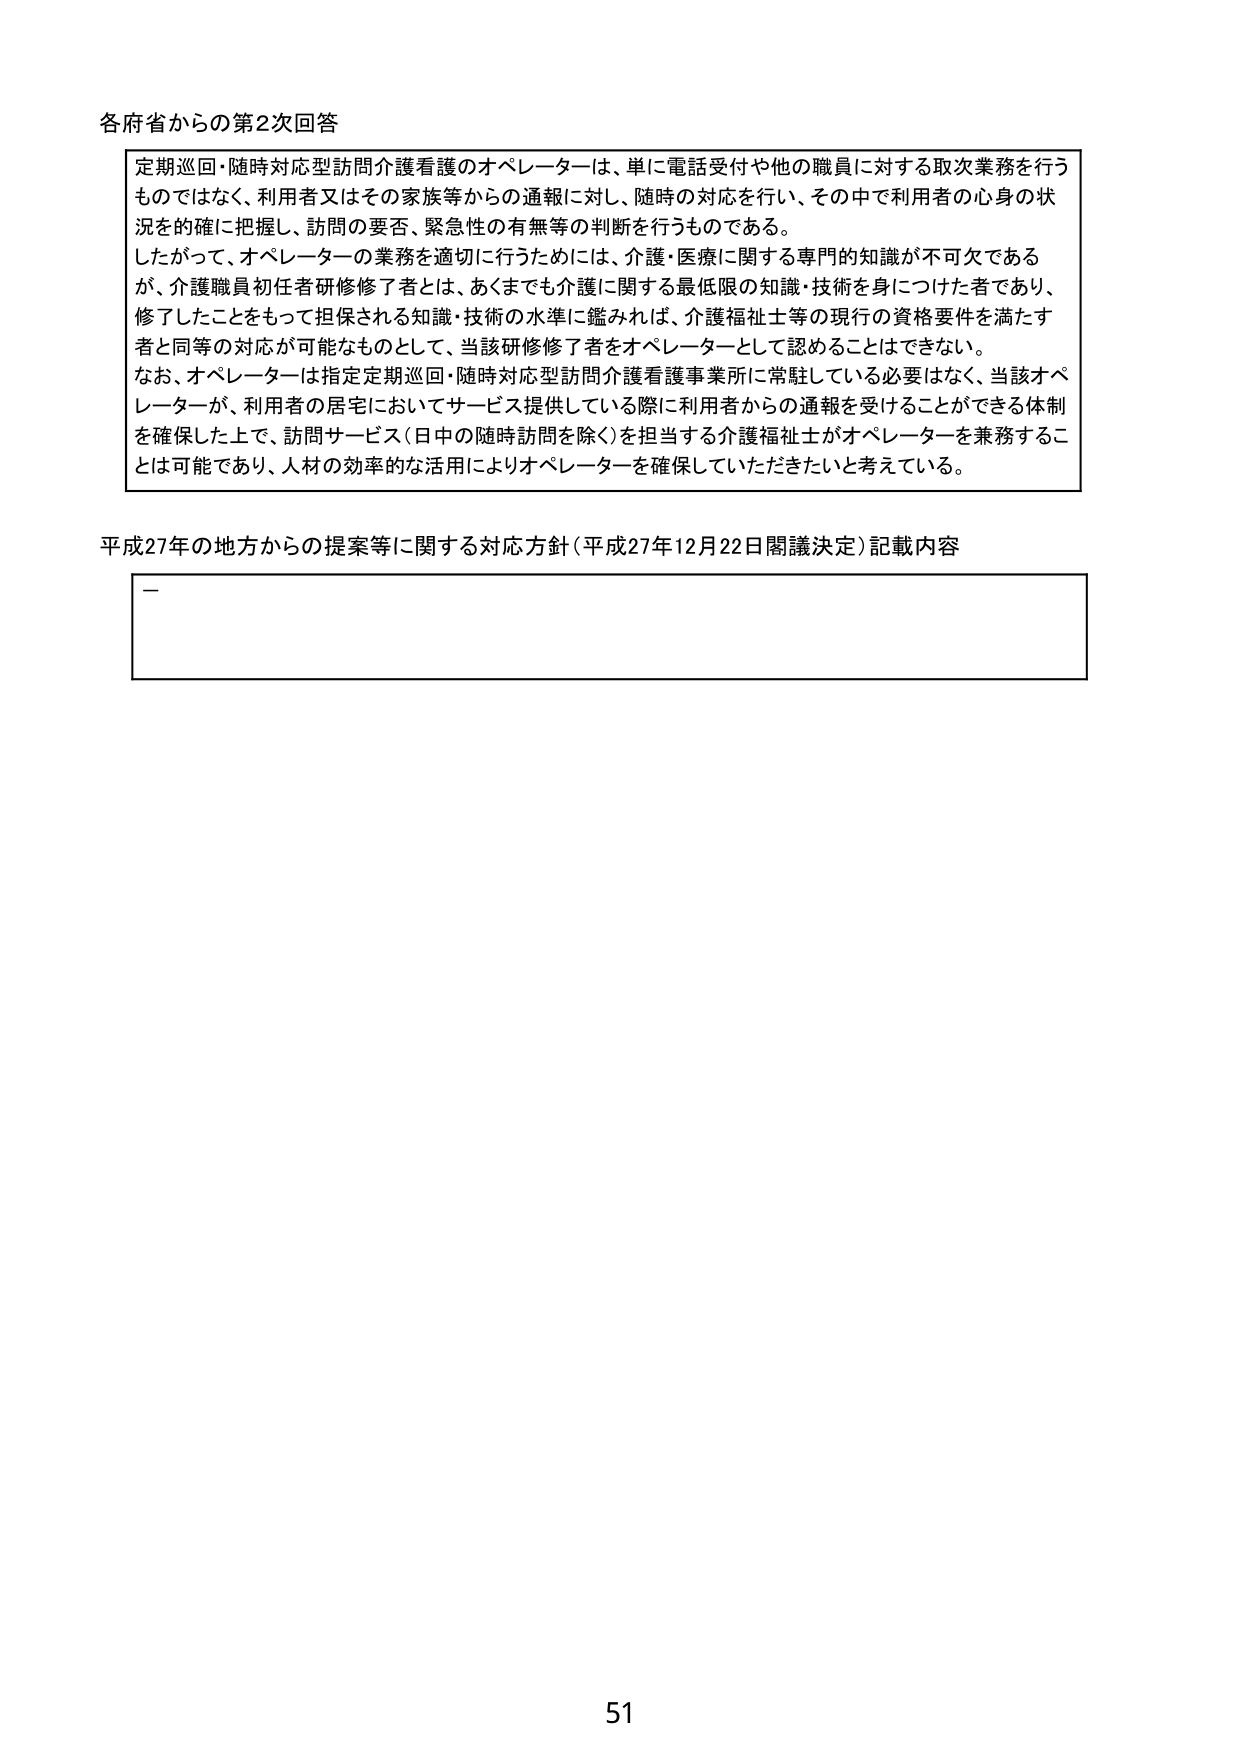
各府省からの第2次回答

定期巡回・随時対応型訪問介護看護のオペレーターは、単に電話受付や他の職員に対する取次業務を行うものではなく、利用者又はその家族等からの通報に対し、随時の対応を行い、その中で利用者の心身の状況を的確に把握し、訪問の要否、緊急性の有無等の判断を行うものである。
したがって、オペレーターの業務を適切に行うためには、介護・医療に関する専門的知識が不可欠であるが、介護職員初任者研修修了者とは、あくまでも介護に関する最低限の知識・技術を身につけた者であり、修了したことをもって担保される知識・技術の水準に鑑みれば、介護福祉士等の現行の資格要件を満たす者と同等の対応が可能なものとして、当該研修修了者をオペレーターとして認めることはできない。
なお、オペレーターは指定定期巡回・随時対応型訪問介護看護事業所に常駐している必要はなく、当該オペレーターが、利用者の居宅においてサービス提供している際に利用者からの通報を受けることができる体制を確保した上で、訪問サービス（日中の随時訪問を除く）を担当する介護福祉士がオペレーターを兼務することは可能であり、人材の効率的な活用によりオペレーターを確保していただきたいと考えている。

平成27年の地方からの提案等に関する対応方針（平成27年12月22日閣議決定）記載内容

－

51